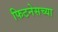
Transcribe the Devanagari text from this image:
फिटनेसच्या